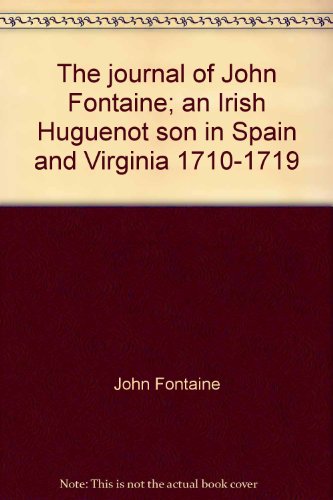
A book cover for The Journal of John Fontaine: An Irish Huguenot son in Spain and Virginia, 1710-1719; John Fontaine; Travel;